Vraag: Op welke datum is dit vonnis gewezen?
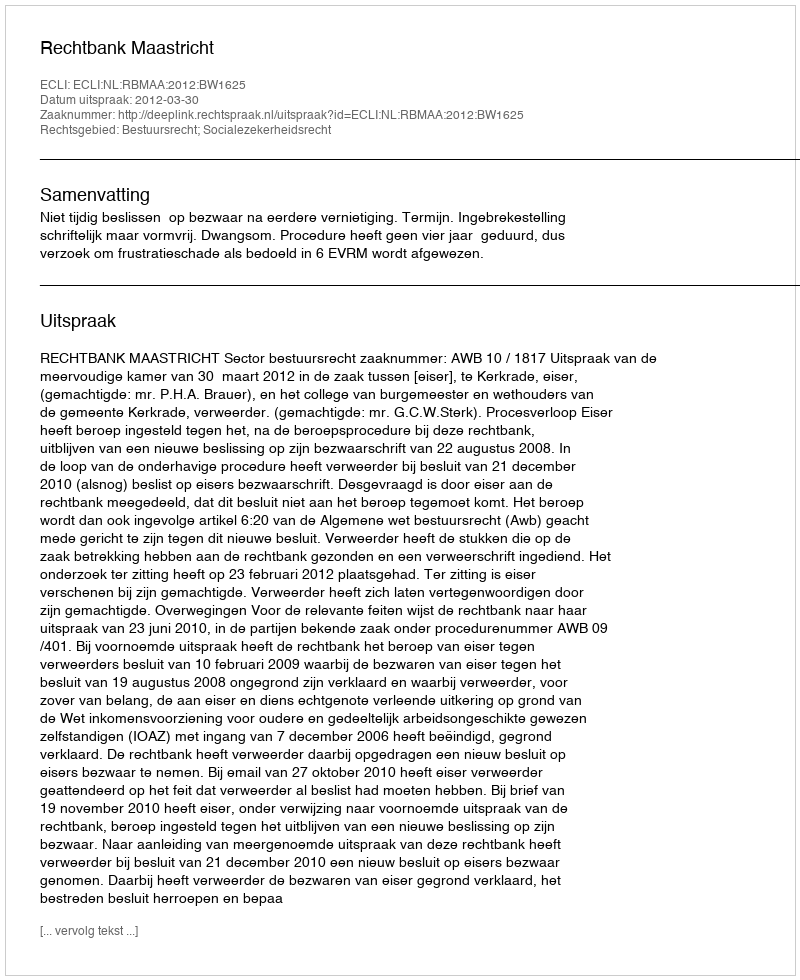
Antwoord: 2012-03-30